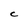
Character: C